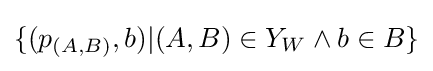
\{(p_{(A,B)},b)|(A,B)\in Y_{W}\wedge b\in B\}